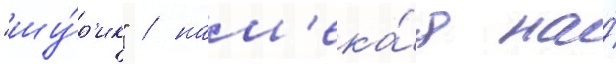
"шу́р'ик" / нам'ека́я на́